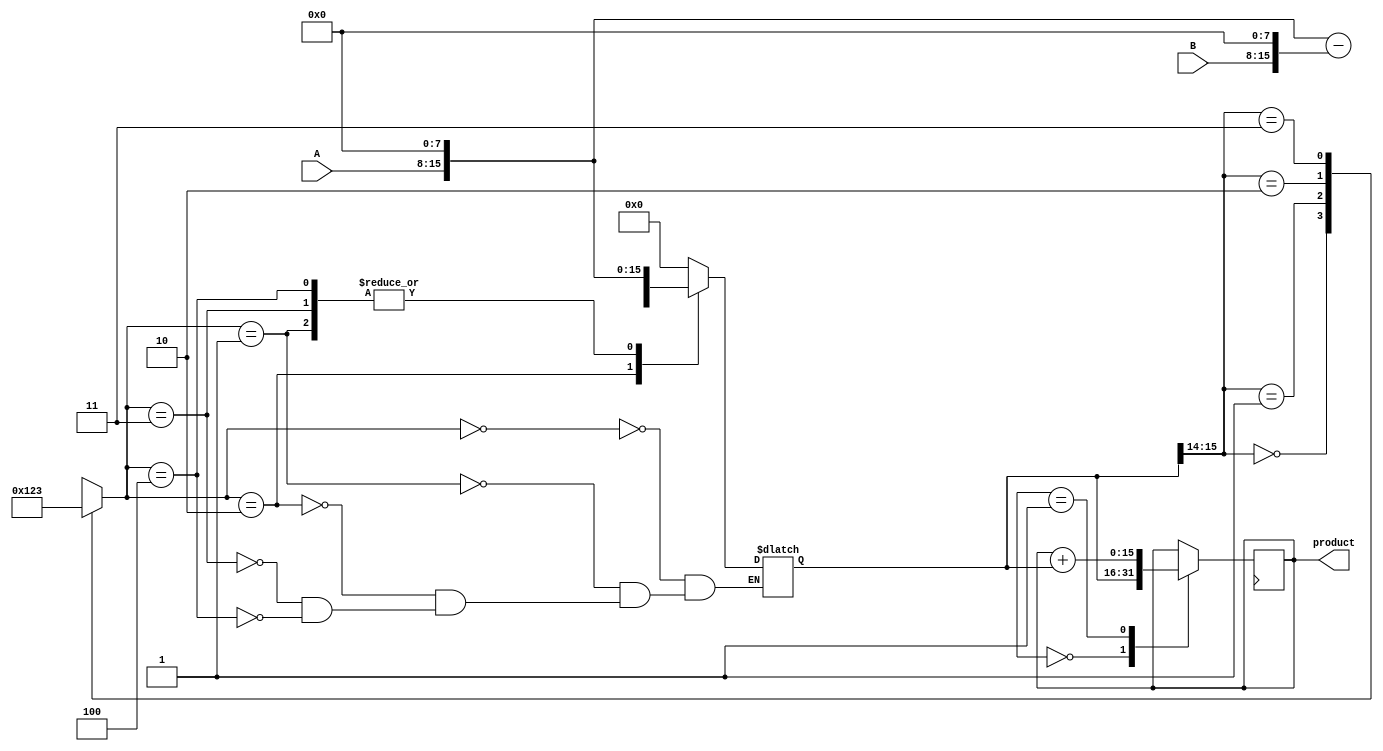
module booth_multiplier(
    input [7:0] A,
    input [7:0] B,
    output reg [15:0] product
);

reg [7:0] A_reg, B_reg;
reg [3:0] multiplier_state;
reg [15:0] partial_product;
reg [1:0] accumulator;

// Registers to store the values of A and B
always @(*) begin
    A_reg = A;
    B_reg = B;
end

// Multiplier module
always @(*) begin
    case(multiplier_state)
        4'b0000: partial_product = 16'b0000000000000000; // Initialize partial product to 0
        4'b0001: partial_product = {A_reg, 8'b00000000}; // Shift A to the left by 8 bits
        4'b0010: partial_product = {A_reg, 8'b00000000} - {B_reg, 8'b00000000}; // Subtract B from shifted A
        4'b0011: partial_product = {A_reg, 8'b00000000}; // Shift A to the left by 8 bits
        4'b0100: partial_product = {A_reg, 8'b00000000}; // Shift A to the left by 8 bits
        default: partial_product = partial_product;
    endcase
end

// Booth Encoder
always @(*) begin
    case({partial_product[15], partial_product[14]}) // Use bits 15 and 14 of the partial product for encoding
        2'b00: multiplier_state = 4'b0000; // Initialize
        2'b01: multiplier_state = 4'b0001; // Shift A
        2'b10: multiplier_state = 4'b0010; // Subtract B
        2'b11: multiplier_state = 4'b0011; // Shift A
    endcase
end

// Accumulator for partial products
always @(posedge clock) begin
    case(accumulator)
        2'b00: product = partial_product;
        2'b01: product = product + partial_product;
        default: product = product;
    endcase
end

endmodule